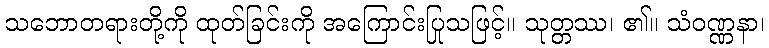
သဘောတရားတို့ကို ထုတ်ခြင်းကို အကြောင်းပြုသဖြင့်။ သုတ္တဿ၊ ၏။ သံဝဏ္ဏနာ၊